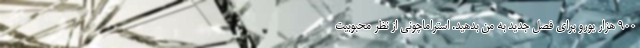
900 هزار یورو برای فصل جدید به من بدهید. استراماچونی از نظر محبوبیت